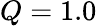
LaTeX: Q=1.0